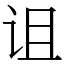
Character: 诅